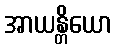
အာယန္တိယော